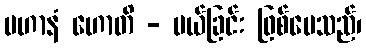
ပဟာနံ ဟောတိ - ပယ်ခြင်း ဖြစ်ပေသည်၊